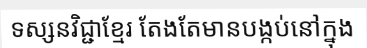
ទស្សនវិជ្ជាខ្មែរ តែងតែមានបង្កប់នៅក្នុង